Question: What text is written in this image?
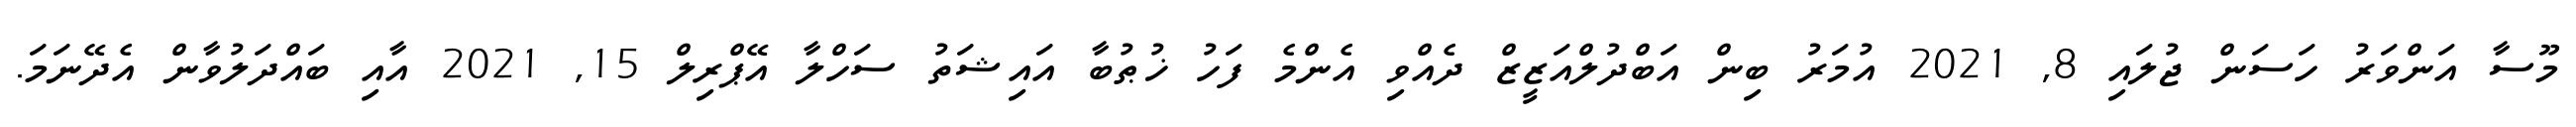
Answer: މޫސާ އަންވަރު ހަސަން ޖުލައި 8, 2021 އުމަރު ބިން އަބްދުލްއަޒީޒް ދެއްވި އެންމެ ފަހު ޚުޠުބާ އައިޝަތު ސަހްލާ އޭޕްރިލް 15, 2021 އާއި ބައްދަލުވާން އެދޭނަމަ.